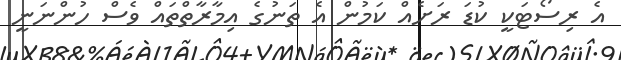
އެ ރިސޯޓަކީ ކުޑަ ރަށެއް ކަމުން އެ ތަނުގެ އިމާރާތްތައް ވެސް ހުންނަނީ